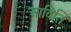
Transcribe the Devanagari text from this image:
आदितिं